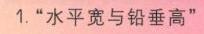
1.“水平宽与铅垂高”